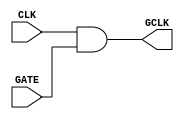
module clock_gating (
    input wire CLK,      // Main clock signal
    input wire GATE,     // Control signal to enable/disable clock
    output wire GCLK     // Gated clock signal
);

// AND gate implementation for clock gating
assign GCLK = CLK & GATE;

endmodule